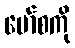
မော်စကို